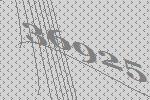
36925